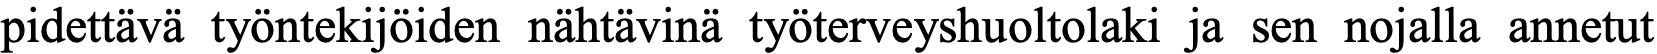
pidettävä työntekijöiden nähtävinä työterveyshuoltolaki ja sen nojalla annetut